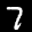
Label: 7